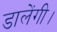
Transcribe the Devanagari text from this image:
डालेंगी।